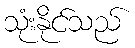
သုံးနိုင်သည်